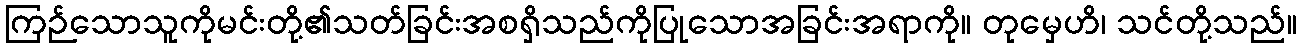
ကြဉ်သောသူကိုမင်းတို့၏သတ်ခြင်းအစရှိသည်ကိုပြုသောအခြင်းအရာကို။ တုမှေဟိ၊ သင်တို့သည်။